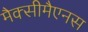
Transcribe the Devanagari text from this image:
मैक्सीमैएनस